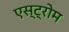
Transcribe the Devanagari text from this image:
एस्ट्रोम